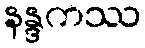
နန္ဒကဿ